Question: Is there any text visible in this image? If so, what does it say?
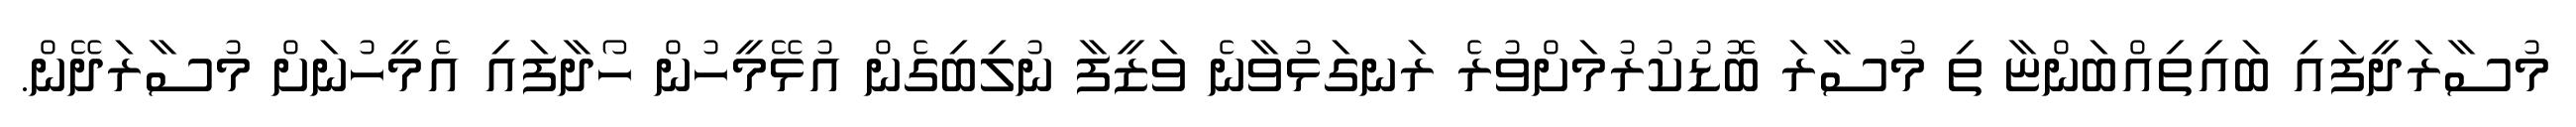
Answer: މުސާރަދީފައި ބައިތިއްބަންޏާ ތި މުސާރަ ބޮޑުކުރުމަށްވުރެ ރަނގަޅުވާނެ ވަޒީފާ ނުލިބިގެން އުޅޭމީހުން ހޯދާފައި އެމީހުނަށް މުސާރަދޭން.